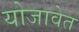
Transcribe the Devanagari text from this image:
योजावेत